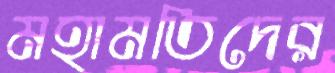
মহামতিদের